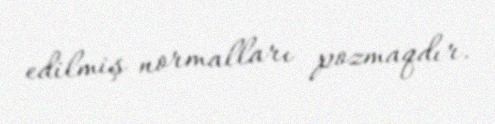
edilmiş normalları pozmaqdır.